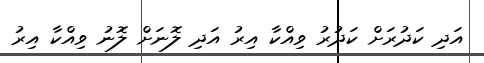
އަދި ކަދުރަށް ކަދުރު ވިއްކާ އިރު އަދި ލޮނަށް ލޮނު ވިއްކާ އިރު